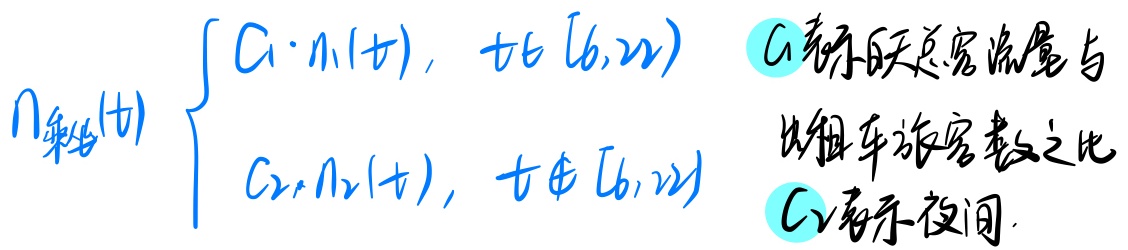
\(n_{轿车}(t)=\begin{cases}C_{1}\cdot n_{1}(t),&\text{当 }t\in[6,22)\\C_{2}\cdot n_{2}(t),&\text{当 }t\notin[6,22)\end{cases}\)
\(C_{1}\)表示白天总客流量与出租车游客数之比，\(C_{2}\)表示夜间。